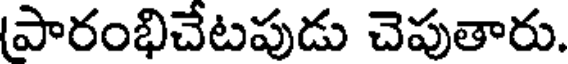
పారంభిచేటపుడు చెపుతారు.